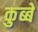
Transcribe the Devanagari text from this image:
कुब्बे